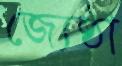
জ্যেষ্ঠা